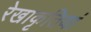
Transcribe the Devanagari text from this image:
रेखाकृतियां